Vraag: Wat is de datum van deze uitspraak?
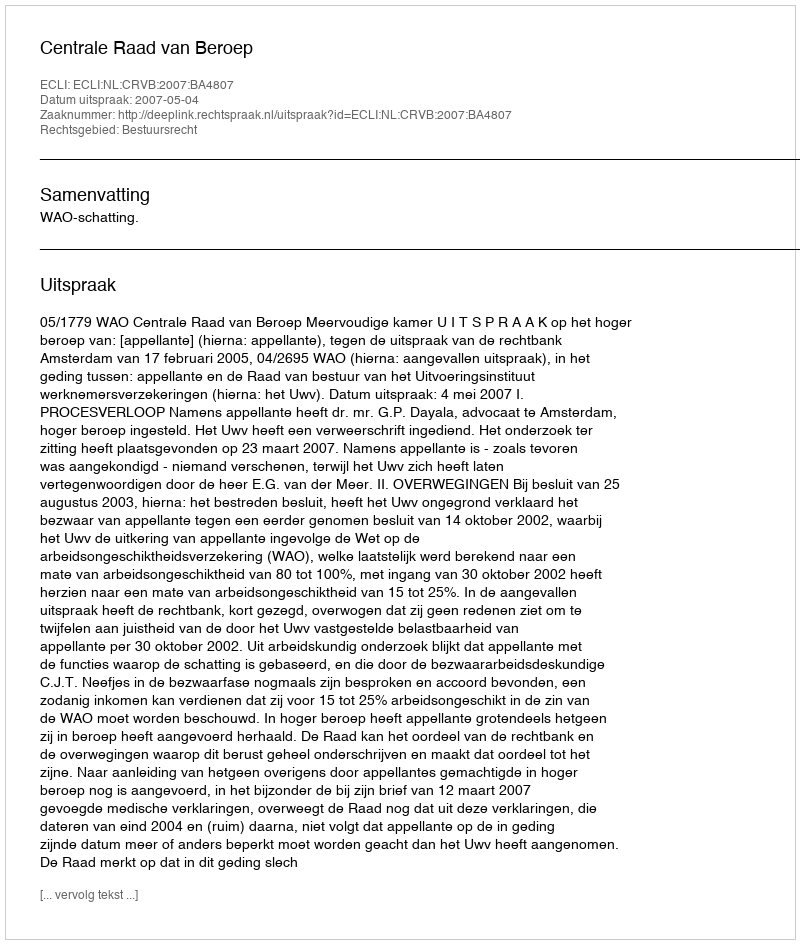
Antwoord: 2007-05-04